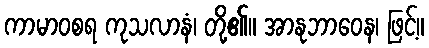
ကာမာဝစရ ကုသလာနံ၊ တို့၏။ အာနုဘာဝေန၊ ဖြင့်။